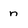
Character: n